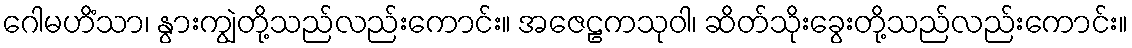
ဂေါမဟိံသာ၊ နွားကျွဲတို့သည်လည်းကောင်း။ အဇေဠကသုဝါ၊ ဆိတ်သိုးခွေးတို့သည်လည်းကောင်း။